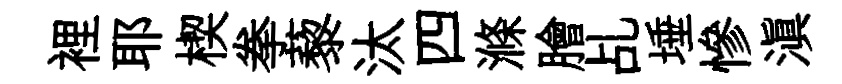
裡耶楔拳藜汰四滌膾乩埵慘滇